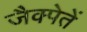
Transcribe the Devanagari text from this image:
जैक्पेतें